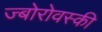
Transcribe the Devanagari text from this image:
ज्बोरोवस्की